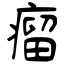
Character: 瘤